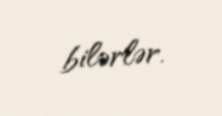
bilərlər.